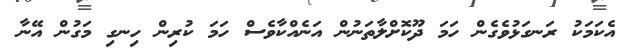
އެކަމަކު ރަނގަޅުވެގެން ހަމަ ދޫކޮށްލާތަނުން އަނެއްކާވެސް ހަމަ ކުރިން ހިނގި މަގުން އޭނާ